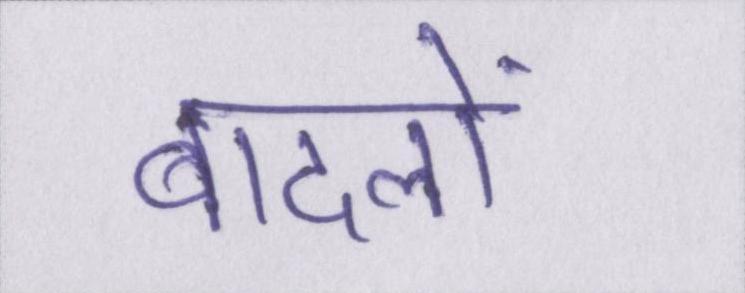
बादलों